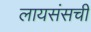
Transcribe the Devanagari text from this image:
लायसंसची